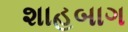
શાહબાગ